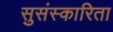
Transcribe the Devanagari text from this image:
सुसंस्कारिता